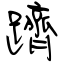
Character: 躋